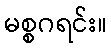
မစ္စဂရင်း။